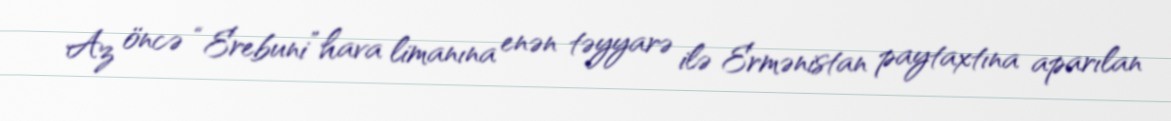
Az öncə “Erebuni” hava limanına enən təyyarə ilə Ermənistan paytaxtına aparılan